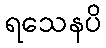
ရသေနပိ